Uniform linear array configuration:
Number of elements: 4
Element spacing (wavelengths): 0.5
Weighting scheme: uniform
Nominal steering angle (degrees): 30
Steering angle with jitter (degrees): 30.59
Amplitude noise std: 0.05
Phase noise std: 0.05

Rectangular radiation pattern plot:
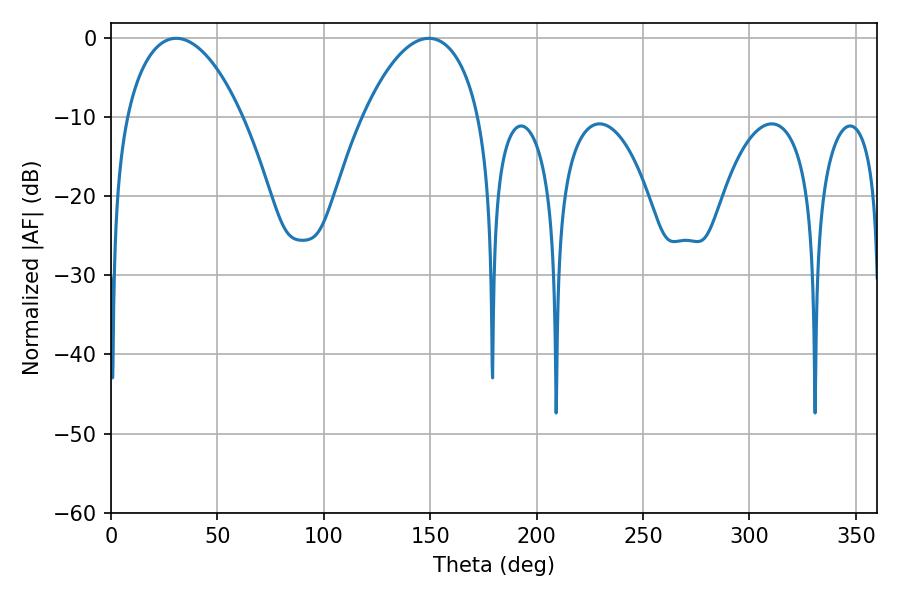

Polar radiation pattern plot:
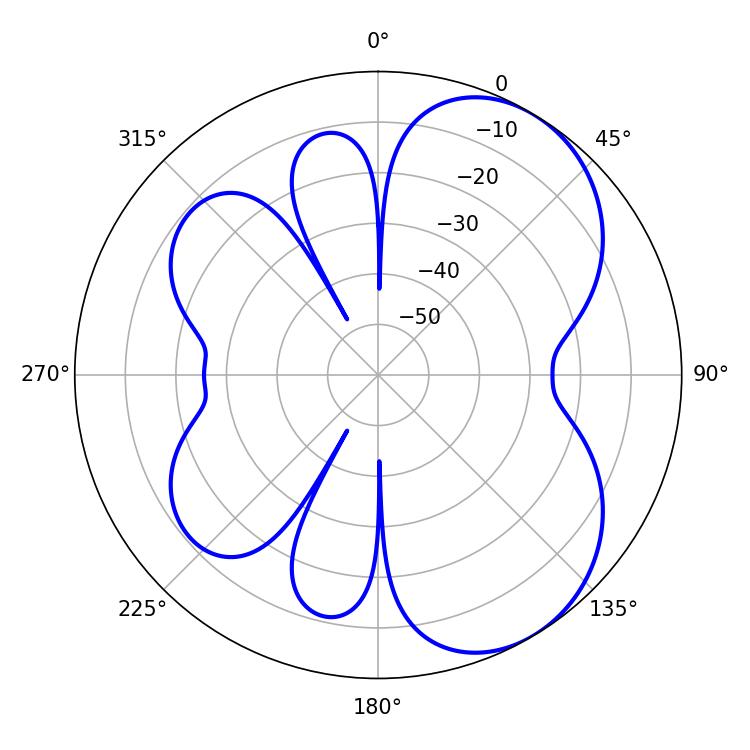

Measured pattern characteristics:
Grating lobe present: FALSE
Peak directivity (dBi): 5.685
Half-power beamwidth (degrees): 30.78
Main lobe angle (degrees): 30.6